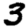
Digit: 3